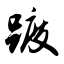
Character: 踱